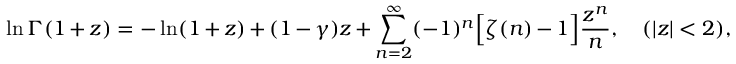
\ln \Gamma ( 1 + z ) = - \ln ( 1 + z ) + ( 1 - \gamma ) z + \sum _ { n = 2 } ^ { \infty } ( - 1 ) ^ { n } \Bigl [ \zeta ( n ) - 1 \Bigr ] \frac { z ^ { n } } { n } , \quad ( | z | < 2 ) ,